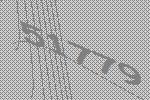
51779